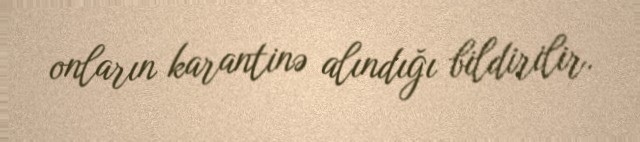
onların karantinə alındığı bildirilir.